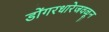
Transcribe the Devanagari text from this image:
डोंगरधारेजवळून